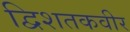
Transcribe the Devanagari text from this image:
द्विशतकवीर